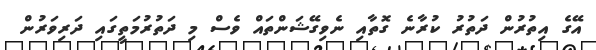
އޭގެ އިތުރުން ދަތުރު ކުރާނެ ގޮތާއި ނެވިގޭޝަންތައް ވެސް މި ދަތުރުމަތީގައި ދަރިވަރުން